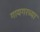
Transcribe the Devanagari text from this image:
गायगरच्या